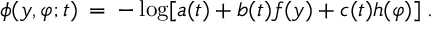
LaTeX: \phi ( y , \varphi ; t ) \: = \: - \log [ a ( t ) + b ( t ) f ( y ) + c ( t ) h ( \varphi ) ] \; .